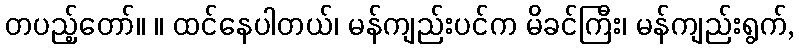
တပည့်တော်။ ။ ထင်နေပါတယ်၊ မန်ကျည်းပင်က မိခင်ကြီး၊ မန်ကျည်းရွက်,